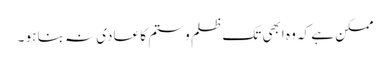
ممکن ہے کہ وہ ابھی تک ظلم و ستم کا عادی نہ بنا ہو ۔